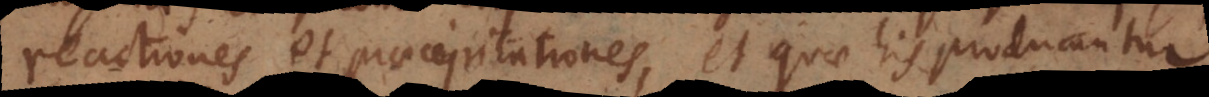
reactiones et praecipitationes, et quae his producuntur